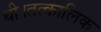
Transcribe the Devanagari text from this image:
थी।तत्कालिक